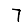
Digit: 7